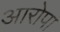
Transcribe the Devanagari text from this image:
आरोपा